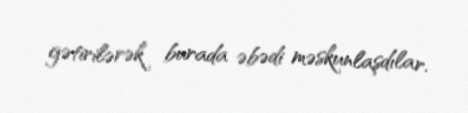
gətirilərək burada əbədi məskunlaşdılar.